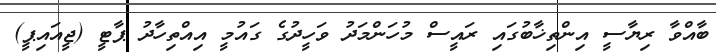
ބާއްވާ ރިޔާސީ އިންތިޚާބުގައި ރައީސް މުހަންމަދު ވަހީދުގެ ގައުމީ އިއްތިހާދު ޕާޓީ (ޖީއައިޕީ)